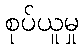
စုပ်ယူမှု